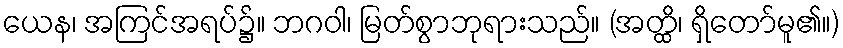
ယေန၊ အကြင်အရပ်၌။ ဘဂဝါ၊ မြတ်စွာဘုရားသည်။ (အတ္ထိ၊ ရှိတော်မူ၏။)